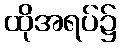
ထိုအရပ်၌